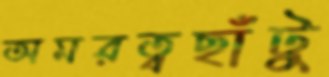
অমরত্বছাঁটু